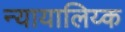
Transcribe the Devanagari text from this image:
न्यायालिय्क